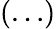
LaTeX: (\dots)